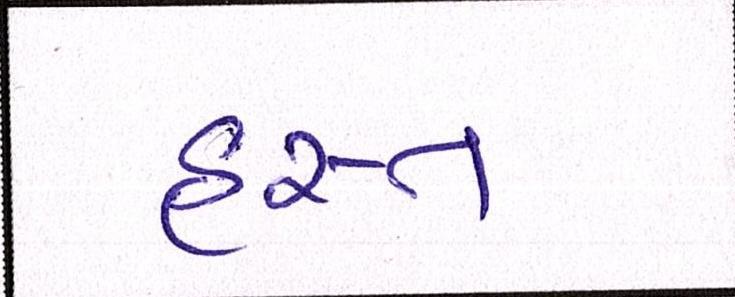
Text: હસ્ત